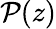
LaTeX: \mathcal{P}(z)